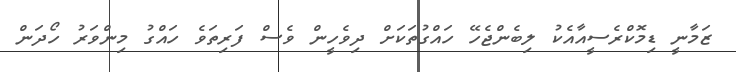
ޒަމާނީ ޑިމޮކްރެސީއާއެކު ލިބެންޖެހޭ ހައްގުތަކަށް ދިވެހީން ވެސް ފަރިތަވެ ހައްގު މިންވަރު ހޯދަން